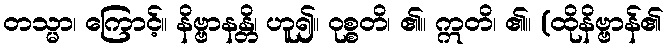
တသ္မာ၊ ကြောင့်။ နိဗ္ဗာနန္တိ၊ ဟူ၍။ ဝုစ္စတိ၊ ၏။ ဣတိ၊ ၏။ (ထိုနိဗ္ဗာန်၏